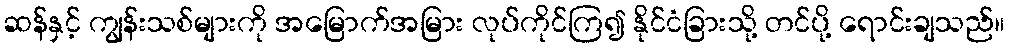
ဆန်နှင့် ကျွန်းသစ်များကို အမြောက်အမြား လုပ်ကိုင်ကြ၍ နိုင်ငံခြားသို့ တင်ပို့ ရောင်းချသည်။